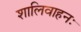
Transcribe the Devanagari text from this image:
शालिवाहनः